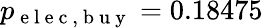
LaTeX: p_{\mathrm{~e~l~e~c~,~b~u~y~}}=0.18475